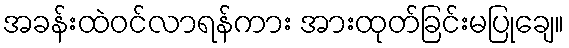
အခန်းထဲဝင်လာရန်ကား အားထုတ်ခြင်းမပြုချေ။